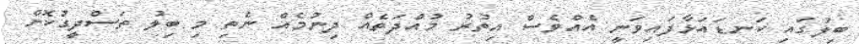
ބިލުގައި ކަނޑައަޅާފައިވަނީ އެއްވެސް އިތުރު މުއްދަތެއް ދިނުމެއް ނެތި މި ބިލު ތަސްދީގުކޮށް